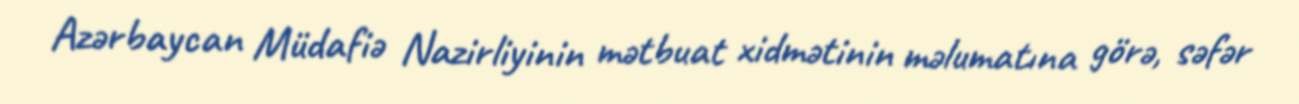
Azərbaycan Müdafiə Nazirliyinin mətbuat xidmətinin məlumatına görə, səfər